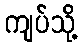
ကျပ်သို့